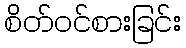
စိတ်ဝင်စားခြင်း